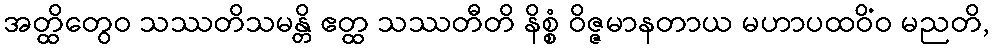
အတ္ထိတွေဝ သဿတိသမန္တိ ဧတ္ထ သဿတီတိ နိစ္စံ ဝိဇ္ဇမာနတာယ မဟာပထဝိံဝ မညတိ,